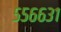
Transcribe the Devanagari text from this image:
५५६६३१